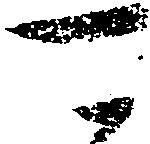
可